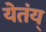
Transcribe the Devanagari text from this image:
येतंय्